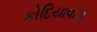
કોદિયાવાડા